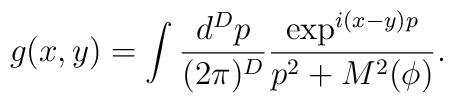
g(x,y)=\int \frac{d^{D}p}{(2\pi)^D}\frac{\exp^{i(x-y)p}}{p^2+M^2(\phi)}.